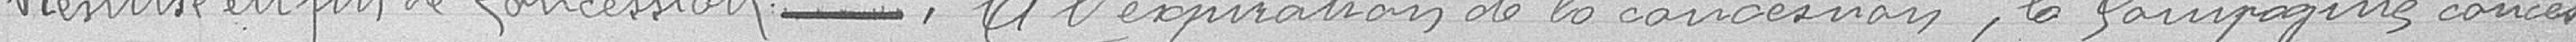
Remise en fin de concession ------- A l'expiration de la concession, la compagnie conces-